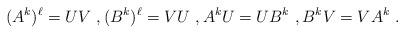
LaTeX: \begin{align*}(A^k)^{\ell} = UV\ , (B^k)^{\ell} =VU \ , A^kU = U B^k\ , B^kV = VA^k\ .\end{align*}